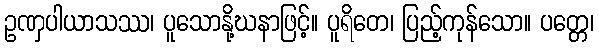
ဥဏှပါယာသဿ၊ ပူသောနို့ဃနာဖြင့်။ ပူရိတေ၊ ပြည့်ကုန်သော။ ပတ္တေ၊